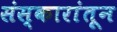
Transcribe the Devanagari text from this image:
संस्कारांतून